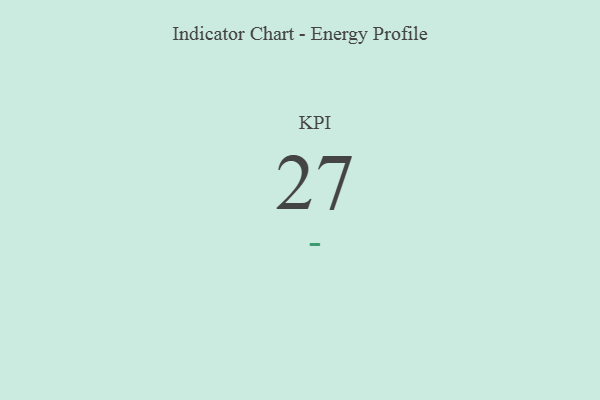
{"axis": {"x": "KPI", "y": "Value"}, "legend": [""], "data": [{"x": "KPI", "y": 27, "type": ""}]}